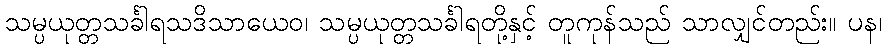
သမ္ပယုတ္တသင်္ခါရသဒိသာယေဝ၊ သမ္ပယုတ္တသင်္ခါရတို့နှင့် တူကုန်သည် သာလျှင်တည်း။ ပန၊